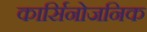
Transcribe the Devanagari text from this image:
कार्सिनोजनिक